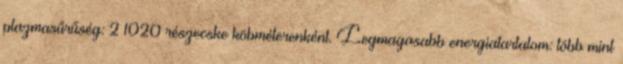
plazmasűrűség: 2 1020 részecske köbméterenként. Legmagasabb energiatartalom: több mint